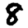
Digit: 8